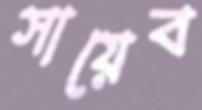
সায়েব